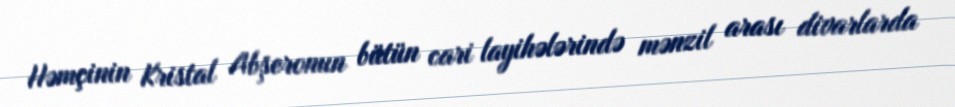
Həmçinin Kristal Abşeronun bütün cari layihələrində mənzil arası divarlarda